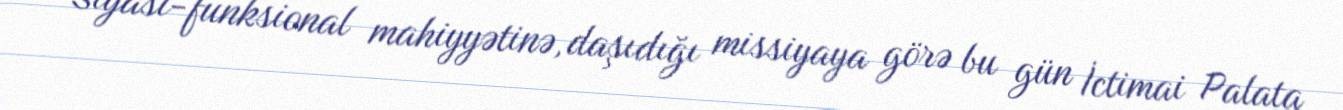
Siyasi-funksional mahiyyətinə, daşıdığı missiyaya görə bu gün İctimai Palata